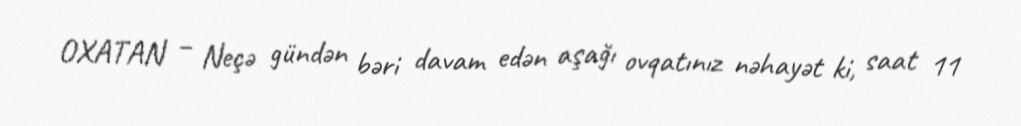
OXATAN – Neçə gündən bəri davam edən aşağı ovqatınız nəhayət ki, saat 11